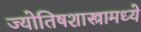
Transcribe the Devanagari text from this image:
ज्योतिषशास्त्रामध्ये